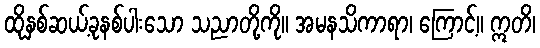
ထိုနှစ်ဆယ့်ခုနစ်ပါးသော သညာတို့ကို။ အမနသိကာရာ၊ ကြောင့်။ ဣတိ၊